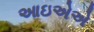
આઇએએ